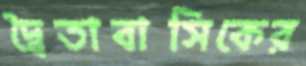
দ্বৈতাবাসিকের